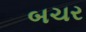
બચર